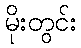
မိုးတွင်း